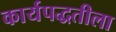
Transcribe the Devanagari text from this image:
कार्यपद्धतीला